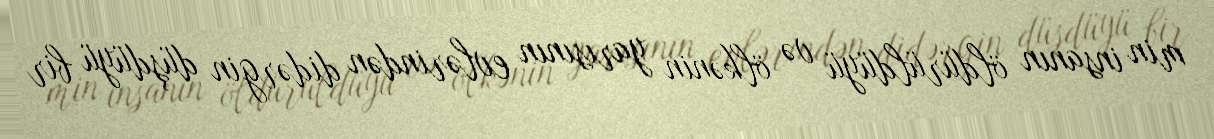
min insanın öldürüldüyü və ölkənin yarısının evlərindən didərgin düşdüyü bir